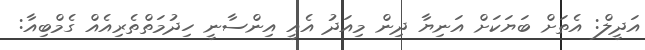
އަދީލް: އެތަށް ބަޔަކަށް އަނިޔާ ދިން މިއަދު އެއީ އިންސާނީ ހިދުމަތްތެރިއެއް ގެމްބިއާ: